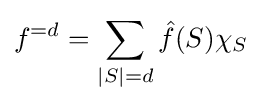
f^{=d}=\sum _{|S|=d}{\hat {f}}(S)\chi _{S}